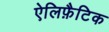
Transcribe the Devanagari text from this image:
ऐलिफ़ैटिक